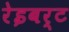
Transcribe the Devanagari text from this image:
रेइबर्ट